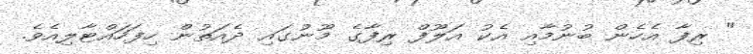
" ރިފާ އެހެން ބުނުމާއި އެކު އަލޫފް ރިފާގެ މޫނުގައި ދެއަތުން ހިފަހައްޓާލިއެވެ.